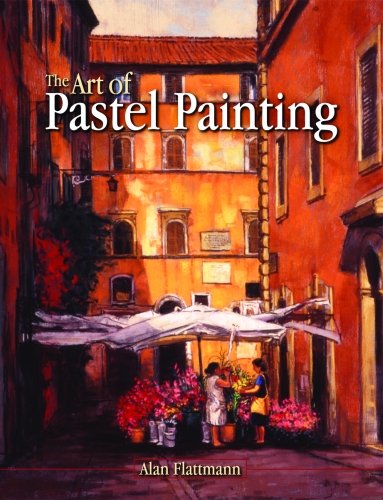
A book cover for Art of Pastel Painting, The; Arts & Photography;